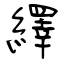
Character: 繹